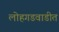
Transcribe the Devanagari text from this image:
लोहगडवाडीत